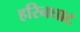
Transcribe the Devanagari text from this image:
हरिनघाट